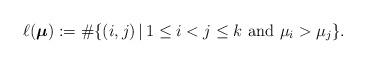
LaTeX: \begin{align*}\ell(\boldsymbol{\mu}):=\#\{ (i, j) \, | \, 1\le i<j \le k \,\, \hbox{and} \,\, \mu_{i}>\mu_{j} \}. \end{align*}